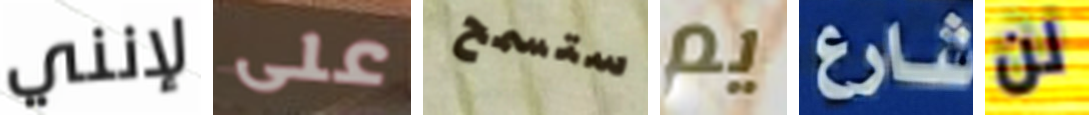
لإنني على ستسمح يم شارع لن